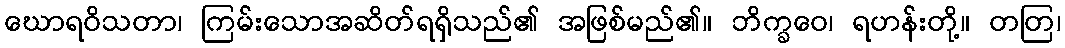
ဃောရဝိသတာ၊ ကြမ်းသောအဆိတ်ရရှိသည်၏ အဖြစ်မည်၏။ ဘိက္ခဝေ၊ ရဟန်းတို့။ တတြ၊